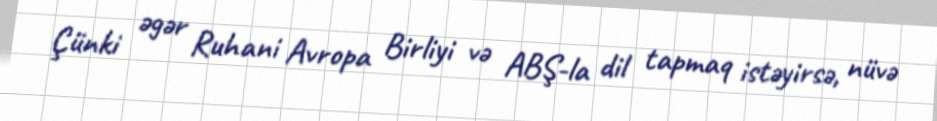
Çünki əgər Ruhani Avropa Birliyi və ABŞ-la dil tapmaq istəyirsə, nüvə